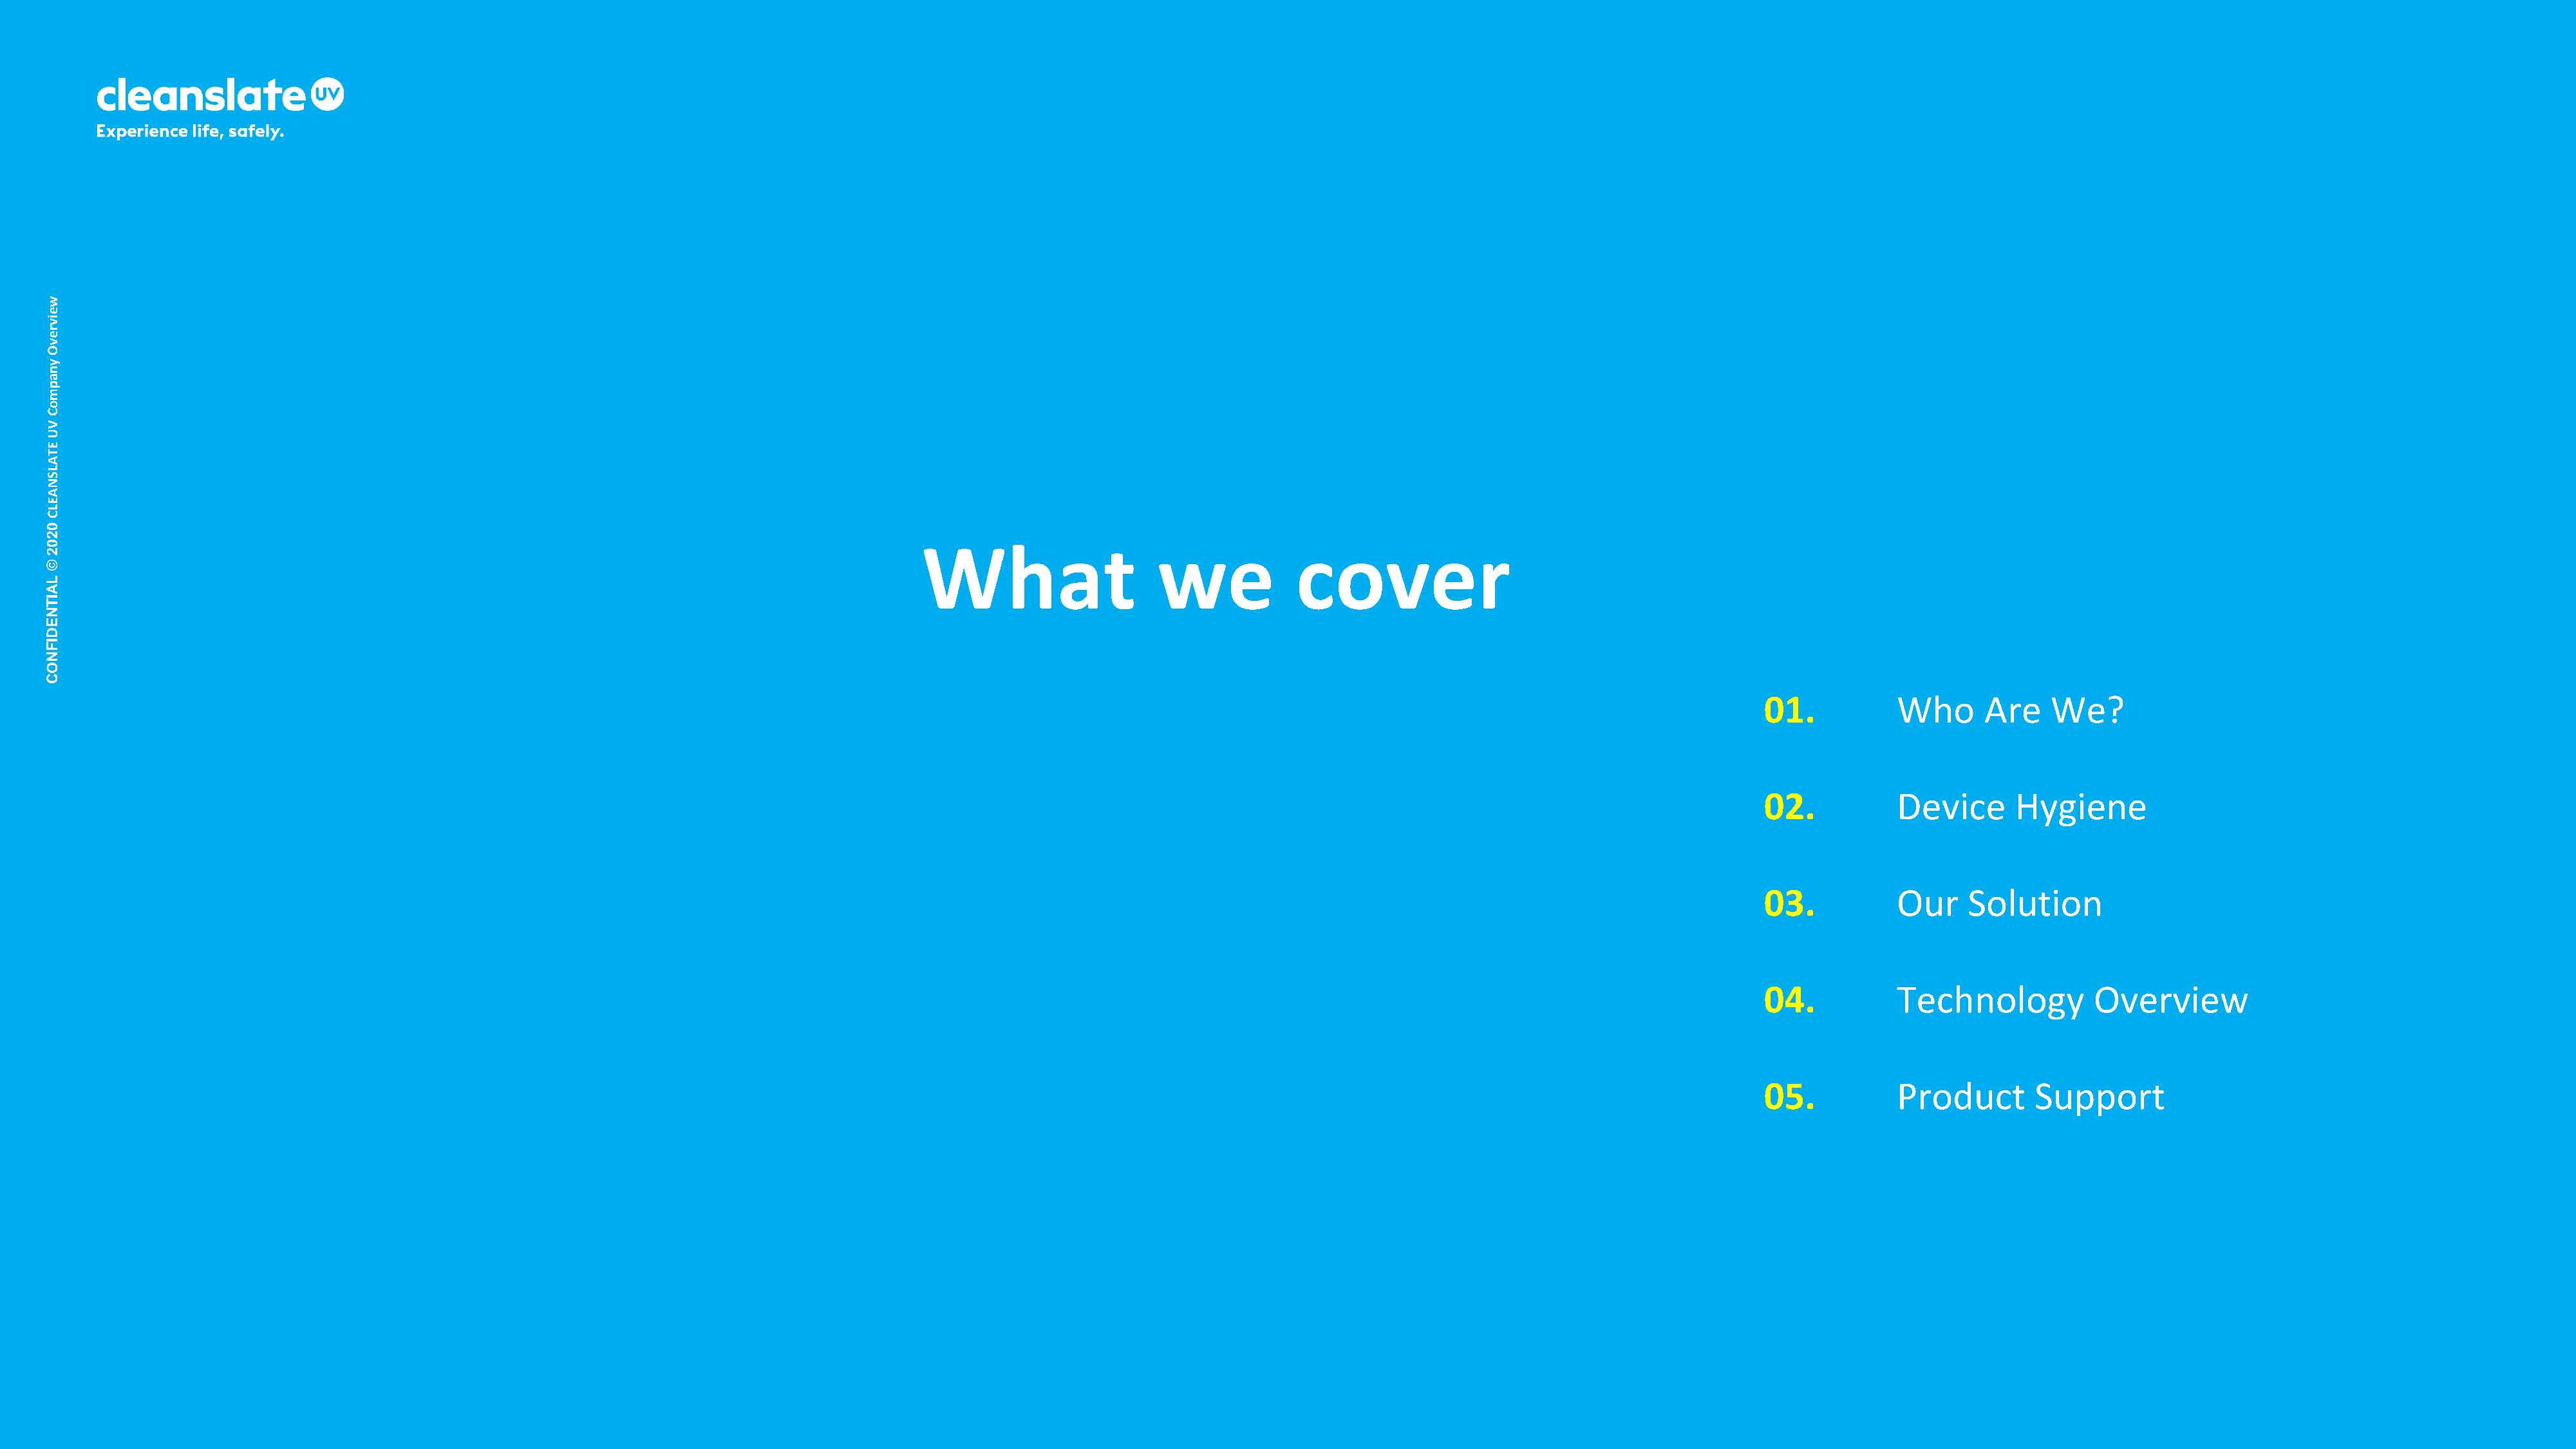
w
 e
 iv
 r
 e
 v
 O
 y
 n
 a
 p
 m
 o
 C
 V
 U
 E
 T
 A
 L
 S
 N
 A
 E
 L
 C
 0
 2
 0                                                                                         What                    we            cover
 2
 ©
 L
 A
 IT
 N
 E
 D
 I
 F
 N
 O
 C
 01.           Who      Are    We?
 02.           Device      Hygiene
 03.           Our    Solution
 04.           Technology          Overview
 05.           Product       Support